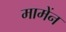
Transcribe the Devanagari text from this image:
मामेंन